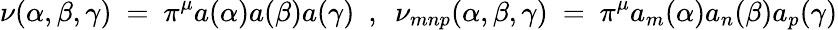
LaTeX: \nu(\alpha,\beta,\gamma)~=~\pi^{\mu}a(\alpha)a(\beta)a(\gamma)~~,~~\nu_{mnp}(\alpha,\beta,\gamma)~=~\pi^{\mu}a_{m}(\alpha)a_{n}(\beta)a_{p}(\gamma)